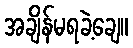
အချိန်မရခဲ့ချေ။